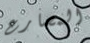
المصارع